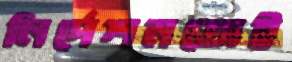
নির্দেশমতোই